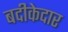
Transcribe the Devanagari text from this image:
बदीकेदार